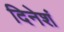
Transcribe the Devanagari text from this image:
दिनेशं